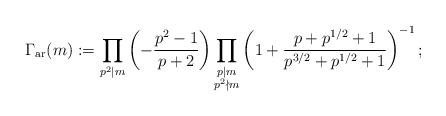
\begin{align*}\Gamma_{\operatorname{ar}}(m) := \prod_{p^2\mid m}\left(-\frac{p^2-1}{p+2}\right)\prod_{\substack{p\mid m\\p^2\nmid m}}\left(1+\frac{p+p^{1/2}+1}{p^{3/2}+p^{1/2}+1}\right)^{-1};\end{align*}